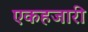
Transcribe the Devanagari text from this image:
एकहजारी